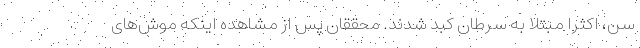
سن، اکثراً مبتلا به سرطان کبد شدند. محققان پس از مشاهده اینکه موش‌های